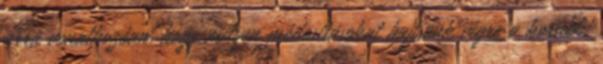
arra vonatkozóan, hogy milyen módosításokat hajtsunk végre a korábbi